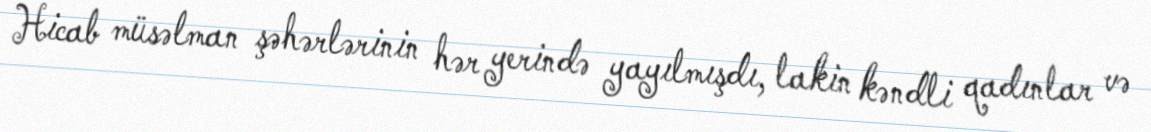
Hicab müsəlman şəhərlərinin hər yerində yayılmışdı, lakin kəndli qadınlar və